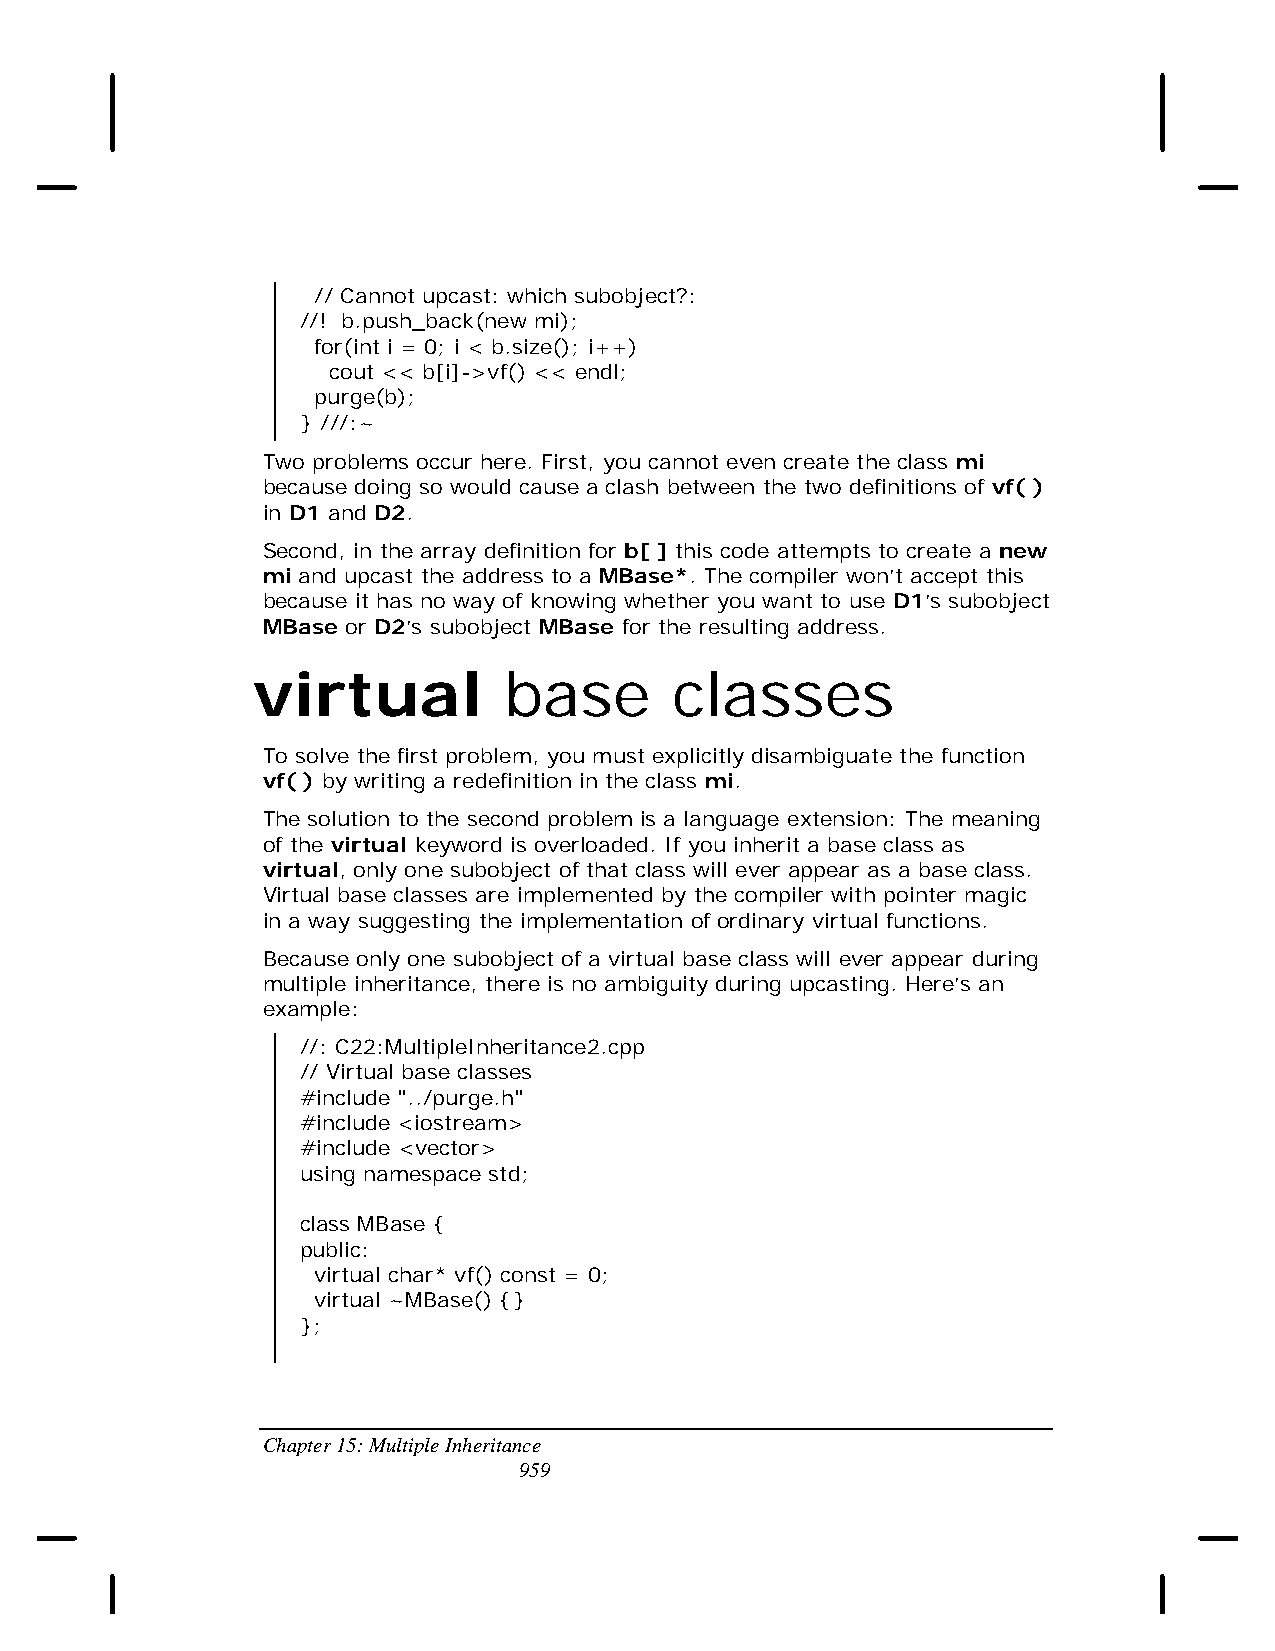
// Cannot upcast: which subobject?:
 //! b.push_back(new mi);
 for(int i = 0; i < b.size(); i++)
 cout << b[i]->vf() << endl;
 purge(b);
 } ///:~
 Two problems occur here. First, you cannot even create the class mi
 because doing so would cause a clash between the two definitions of vf( )
 in D1 and D2.
 Second, in the array definition for b[ ] this code attempts to create a new
 mi and upcast the address to a MBase*. The compiler won’t accept this
 because it has no way of knowing whether you want to use D1’s subobject
 MBase or D2’s subobject MBase for the resulting address.
 virtual         base        classes
 To solve the first problem, you must explicitly disambiguate the function
 vf( ) by writing a redefinition in the class mi.
 The solution to the second problem is a language extension: The meaning
 of the virtual keyword is overloaded. If you inherit a base class as
 virtual, only one subobject of that class will ever appear as a base class.
 Virtual base classes are implemented by the compiler with pointer magic
 in a way suggesting the implementation of ordinary virtual functions.
 Because only one subobject of a virtual base class will ever appear during
 multiple inheritance, there is no ambiguity during upcasting. Here’s an
 example:
 //: C22:MultipleInheritance2.cpp
 // Virtual base classes
 #include "../purge.h"
 #include <iostream>
 #include <vector>
 using namespace std;
 class MBase {
 public:
 virtual char* vf() const = 0;
 virtual ~MBase() {}
 };
 Chapter 15: Multiple Inheritance
 959